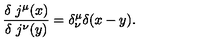
\frac { \delta \ j ^ { \mu } ( x ) } { \delta \ j ^ { \nu } ( y ) } = \delta _ { \nu } ^ { \mu } \delta ( x - y ) .